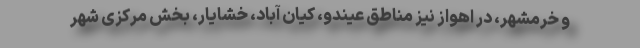
و خرمشهر، در اهواز نیز مناطق عیندو، کیان آباد، خشایار، بخش مرکزی شهر